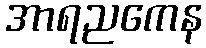
အာရညကေန